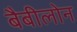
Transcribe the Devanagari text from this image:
बैबीलोन